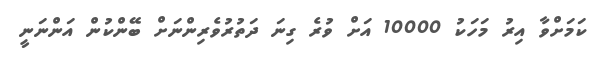
ކަމަށްވާ އިރު މަހަކު 10000 އަށް ވުރެ ގިނަ ދަތުރުވެރިންނަށް ބޭންކުން އަންނަނީ